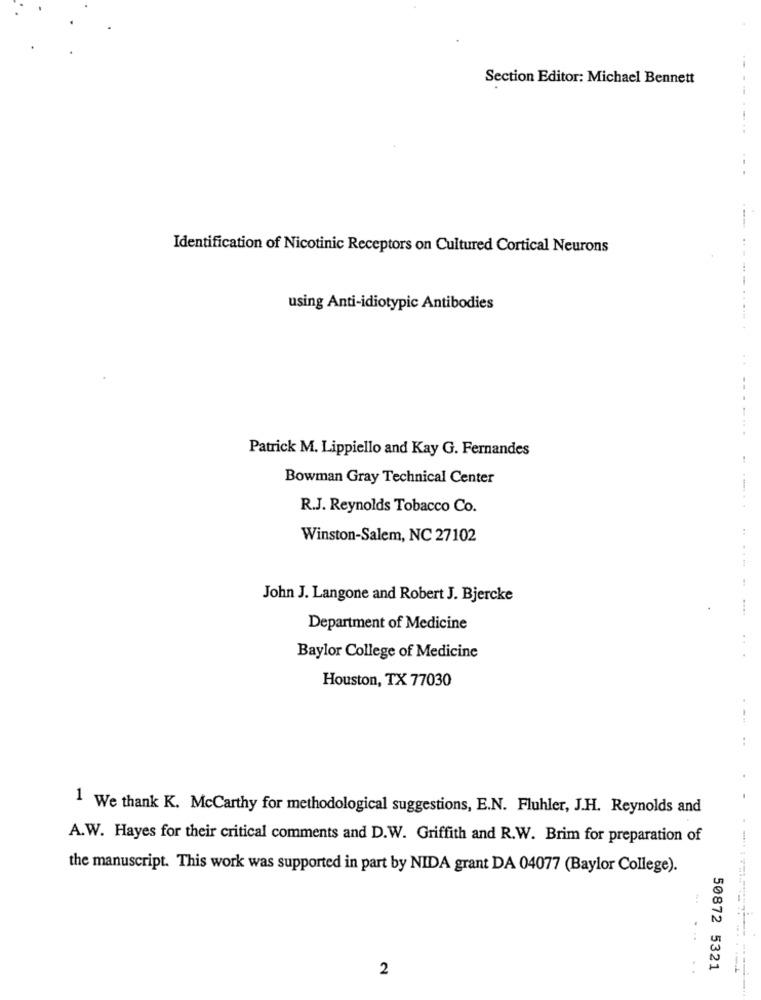
Section Editor: Michael Bennett
Identification of Nicotinic Receptors on Cultured Cortical Neurons
using Anti-idiotypic Antibodies
.............
Patrick M. Lippiello and Kay G. Fernandes
Bowman Gray Technical Center
R.J. Reynolds Tobacco Co.
..... . .
Winston-Salem, NC 27102
....
John J. Langone and Robert J. Bjercke
Department of Medicine
. .
Baylor College of Medicine
Houston, TX 77030
..
1 We thank K. McCarthy for methodological suggestions, E.N. Fluhler, J.H. Reynolds and
A.W. Hayes for their critical comments and D.W. Griffith and R.W. Brim for preparation of
the manuscript. This work was supported in part by NIDA grant DA 04077 (Baylor College).
2
..
50872 5321